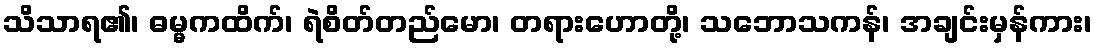
သိသာရ၏၊ ဓမ္မကထိက်၊ ရဲစိတ်တည်မော၊ တရားဟောတို့၊ သဘောသကန်၊ အချင်းမှန်ကား၊